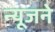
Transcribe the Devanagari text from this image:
न्यूजने